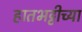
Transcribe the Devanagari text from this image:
हातभट्टीच्या